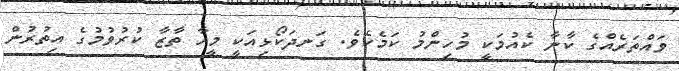
ވައްތަރެއްގެ ކާނާ ކެއުމަކީ މުހިންމު ކަމެކެވެ. ގަނދަކޯޯޅިއަކީ މީހާ ތާޒާ ކުރުވުމުގެ އިތުރުން